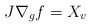
\begin{align*}J\nabla_gf=X_v\end{align*}